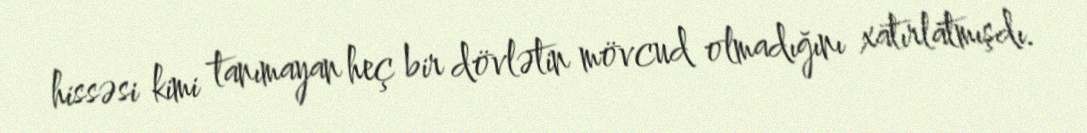
hissəsi kimi tanımayan heç bir dövlətin mövcud olmadığını xatırlatmışdı.